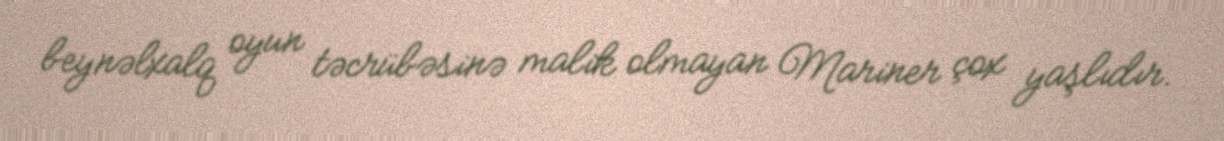
beynəlxalq oyun təcrübəsinə malik olmayan Mariner çox yaşlıdır.